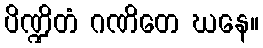
ပိဏ္ဍိတံ ဂဏိတေ ဃနေ။